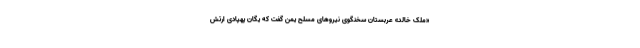
«ملک خالد» عربستان سخنگوی نیرو‌های مسلح یمن گفت که یگان پهپادی ارتش